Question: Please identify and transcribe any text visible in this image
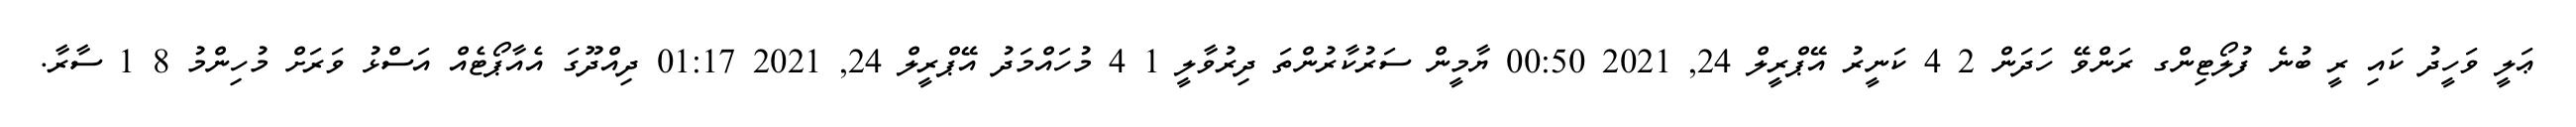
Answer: ޢަލީ ވަހީދު ކައި ރީ ބުނެ ފުލޯޓިންގ ރަންވޭ ހަދަން 2 4 ކަނީރު އޭޕްރީލް 24, 2021 00:50 ޔާމީން ސަރުކާރުންތަ ދިރުވާލީ 1 4 މުހައްމަދު އޭޕްރީލް 24, 2021 01:17 ދިއްދޫގަ އެއާޕޯޓެއް އަސްޅު ވަރަށް މުހިންމު 8 1 ސާރާ.